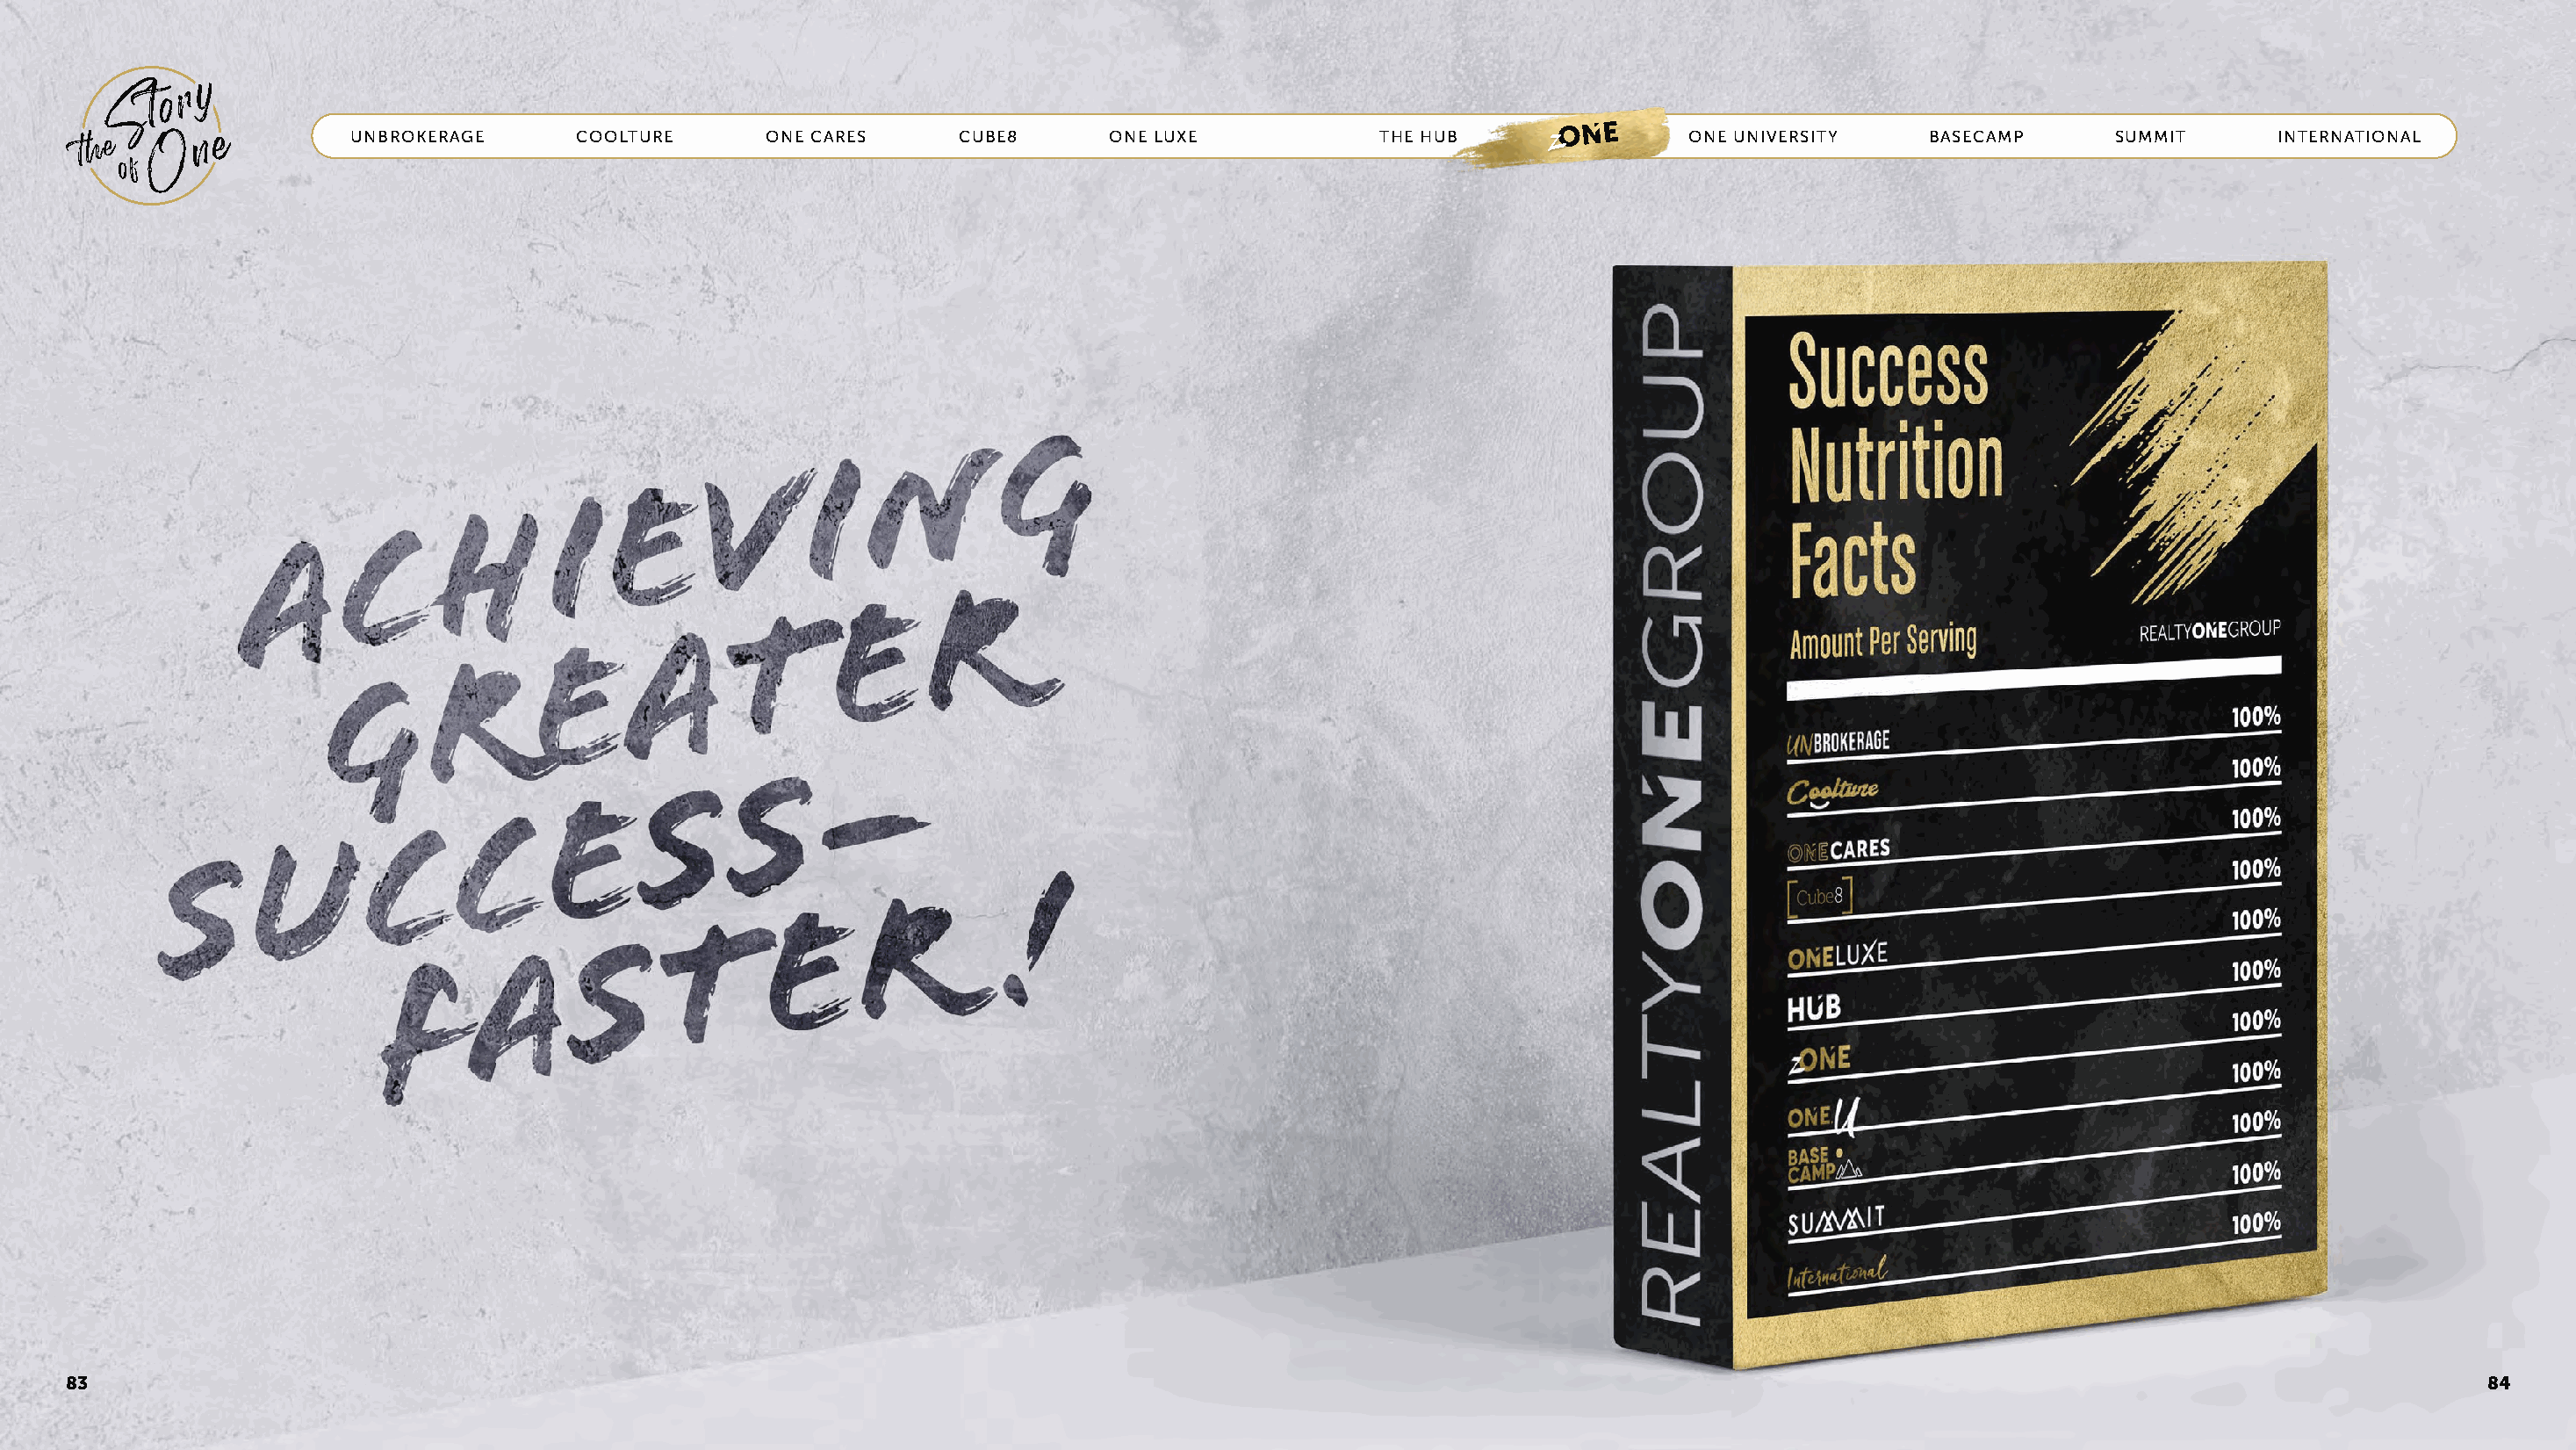
UNBROKERAGE      COOLTURE       ONE CARES     CUBE8       ONE LUXE            THE HUB      zONE      ONE UNIVERSITY    BASECAMP       SUMMIT      INTERNATIONAL
 83                                                                                                                                                                                    84